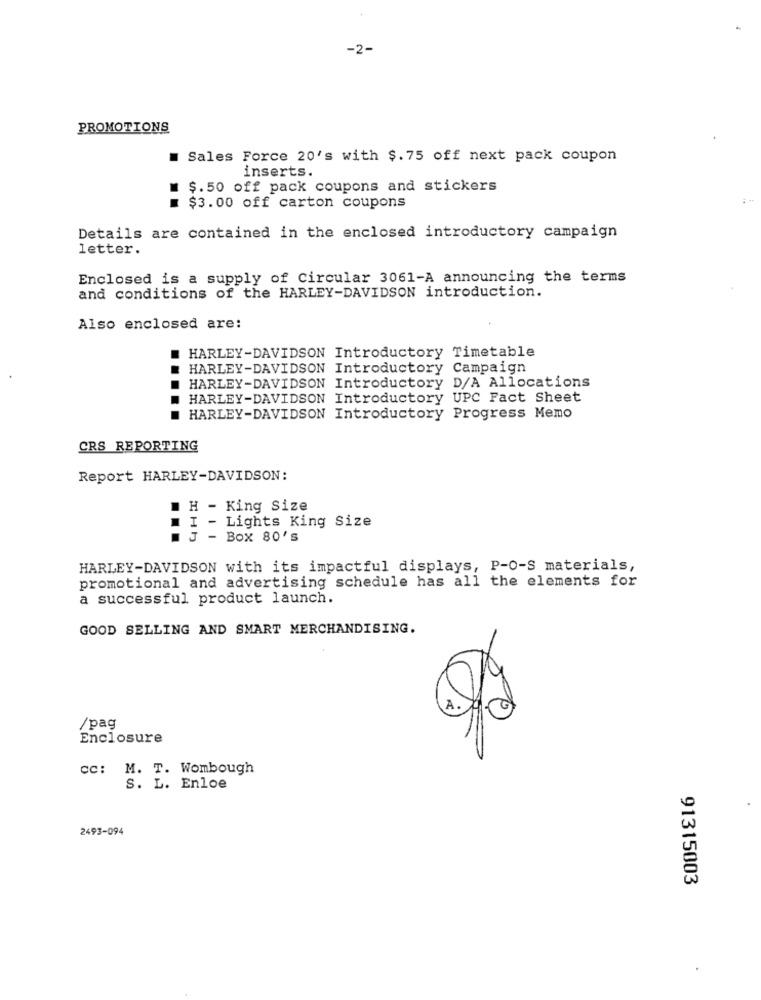
-2-
PROMOTIONS
Sales Force 20's with $. 75 off next pack coupon
inserts.
$. 50 off pack coupons and stickers
$3.00 off carton coupons
Details are contained in the enclosed introductory campaign
letter.
Enclosed is a supply of Circular 3061-A announcing the terms
and conditions of the HARLEY-DAVIDSON introduction.
Also enclosed are:
HARLEY-DAVIDSON Introductory Timetable
HARLEY-DAVIDSON Introductory Campaign
HARLEY-DAVIDSON Introductory D/A Allocations
HARLEY-DAVIDSON Introductory UPC Fact Sheet
HARLEY-DAVIDSON Introductory Progress Memo
CRS REPORTING
Report HARLEY-DAVIDSON:
H - King Size
I - Lights King Size
- Box 80's
HARLEY-DAVIDSON with its impactful displays, P-0-S materials,
promotional and advertising schedule has all the elements for
a successful product launch.
GOOD SELLING AND SMART MERCHANDISING.
A
/pag
Enclosure
cc: M. T. Wombough
S. L. Enloe
2493-094
91315003